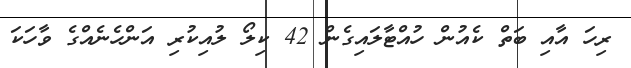
ރިހަ އާއި ބަތް ކެއުން ހުއްޓާލައިގެން 42 ކިލޯ ލުއިކުރި އަންހެނެއްގެ ވާހަކަ